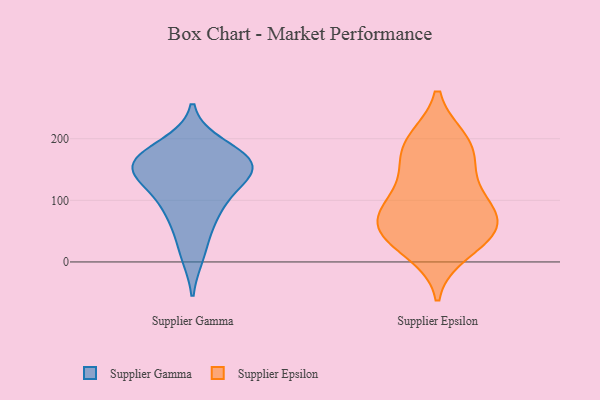
{"axis": {"x": "Waste Production (Tons)", "y": "Value"}, "legend": ["Supplier Epsilon", "Supplier Gamma"], "data": [{"x": "", "y": 149, "type": "Supplier Gamma"}, {"x": "", "y": 62, "type": "Supplier Gamma"}, {"x": "", "y": 13, "type": "Supplier Gamma"}, {"x": "", "y": 161, "type": "Supplier Gamma"}, {"x": "", "y": 188, "type": "Supplier Gamma"}, {"x": "", "y": 90, "type": "Supplier Gamma"}, {"x": "", "y": 165, "type": "Supplier Gamma"}, {"x": "", "y": 144, "type": "Supplier Gamma"}, {"x": "", "y": 107, "type": "Supplier Gamma"}, {"x": "", "y": 146, "type": "Supplier Gamma"}, {"x": "", "y": 166, "type": "Supplier Gamma"}, {"x": "", "y": 38, "type": "Supplier Epsilon"}, {"x": "", "y": 96, "type": "Supplier Epsilon"}, {"x": "", "y": 88, "type": "Supplier Epsilon"}, {"x": "", "y": 176, "type": "Supplier Epsilon"}, {"x": "", "y": 43, "type": "Supplier Epsilon"}, {"x": "", "y": 160, "type": "Supplier Epsilon"}, {"x": "", "y": 197, "type": "Supplier Epsilon"}, {"x": "", "y": 57, "type": "Supplier Epsilon"}, {"x": "", "y": 121, "type": "Supplier Epsilon"}, {"x": "", "y": 72, "type": "Supplier Epsilon"}, {"x": "", "y": 17, "type": "Supplier Epsilon"}, {"x": "", "y": 197, "type": "Supplier Epsilon"}, {"x": "", "y": 59, "type": "Supplier Epsilon"}]}